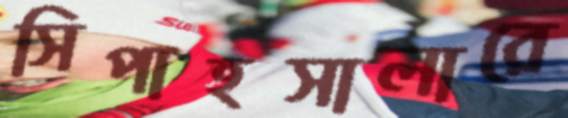
সিপাহসালারে